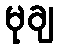
မုချ